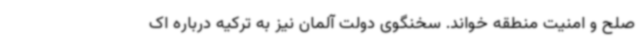
صلح و امنیت منطقه خواند. سخنگوی دولت آلمان نیز به ترکیه درباره اک